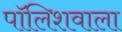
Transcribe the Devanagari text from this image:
पॉलिशवाला